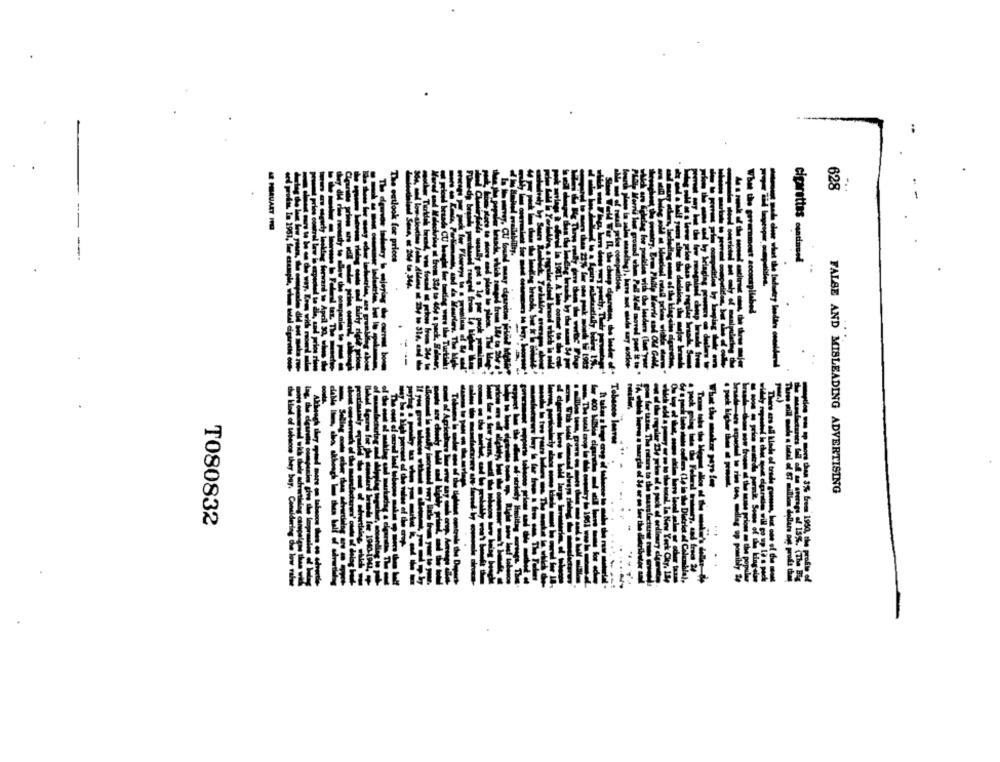
628
E PERUART HO
-
cigarettes continued
What the government socoutpilabed
menl
buy.
FALSE AND MISLEADING ADVERTISING
T080832